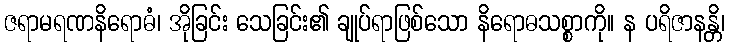
ဇရာမရဏနိရောဓံ၊ အိုခြင်း သေခြင်း၏ ချုပ်ရာဖြစ်သော နိရောဓသစ္စာကို။ န ပရိဇာနန္တိ၊